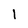
Character: l